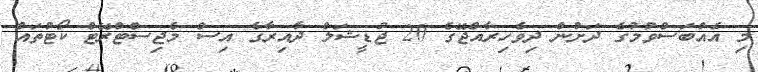
މި އެއްބަސްވުމުގެ ދަށުން ދިވެހިރާއްޖޭގެ 20 ޖުޑީޝަލް ދާއިރާގެ އިސް މެޖިސްޓްރޭޓް ކޯޓުތައް